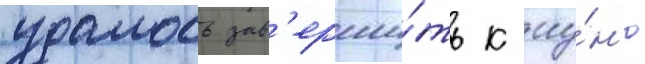
удалось зав'ерши́ть к иу́н'ю